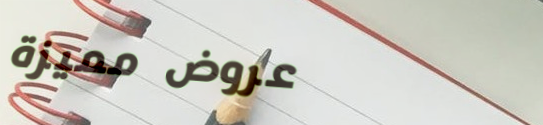
عروض مميزة